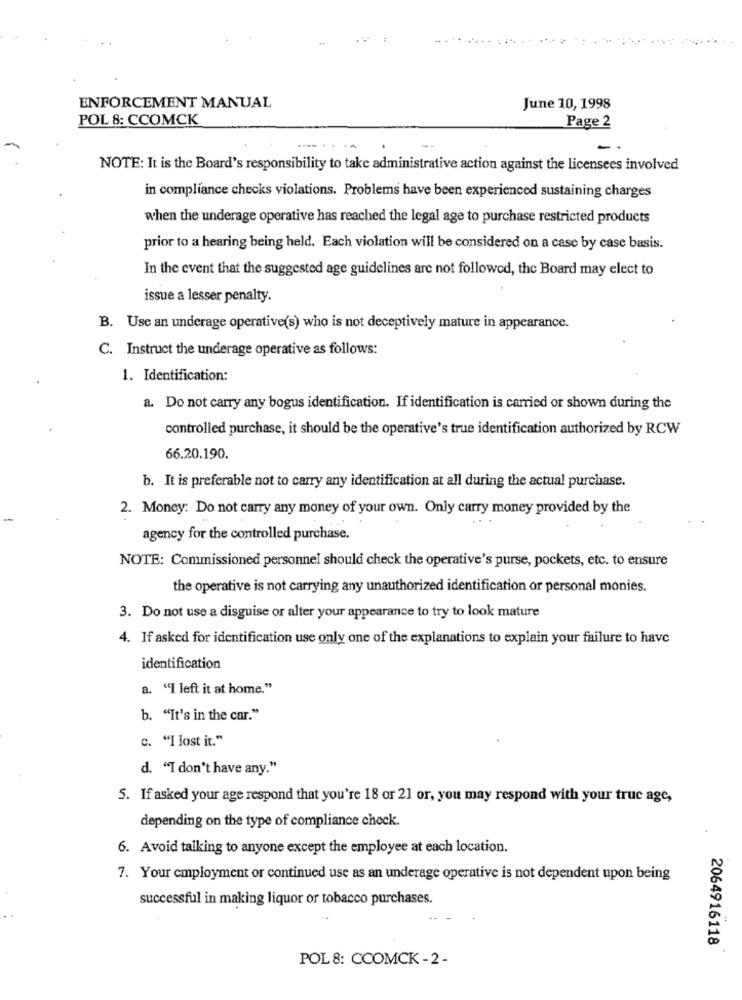
ENFORCEMENT MANUAL
June 10, 1998
POL 8: CCOMCK
Page 2
.... . .
NOTE: It is the Board's responsibility to take administrative action against the licensees involved
in compliance checks violations. Problems have been experienced sustaining charges
when the underage operative has reached the legal age to purchase restricted products
prior to a hearing being held. Each violation will be considered on a case by case basis.
In the event that the suggested age guidelines are not followed, the Board may elect to
issue a lesser penalty.
B. Use an underage operative(s) who is not deceptively mature in appearance.
C. Instruct the underage operative as follows:
1. Identification:
a. Do not carry any bogus identification. If identification is carried or shown during the
controlled purchase, it should be the operative's true identification authorized by RCW
66.20.190.
b. It is preferable not to carry any identification at all during the actual purchase.
2. Money: Do not carry any money of your own. Only carry money provided by the
agency for the controlled purchase.
NOTE: Commissioned personnel should check the operative's purse, pockets, etc. to ensure
the operative is not carrying any unauthorized identification or personal monies.
3. Do not use a disguise or alter your appearance to try to look mature
4. If asked for identification use only one of the explanations to explain your failure to have
identification
a. "I left it at home."
b. "It's in the car."
c. "I lost it."
d. "I don't have any."
5. If asked your age respond that you're 18 or 21 or, you may respond with your truc age,
depending on the type of compliance check.
6. Avoid talking to anyone except the employee at each location.
7. Your employment or continued use as an underage operative is not dependent upon being
successful in making liquor or tobacco purchases.
2064916118
POL 8: CCOMCK - 2 -